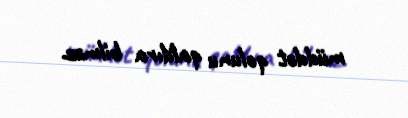
müddət qolunu qaldıra bilməz.